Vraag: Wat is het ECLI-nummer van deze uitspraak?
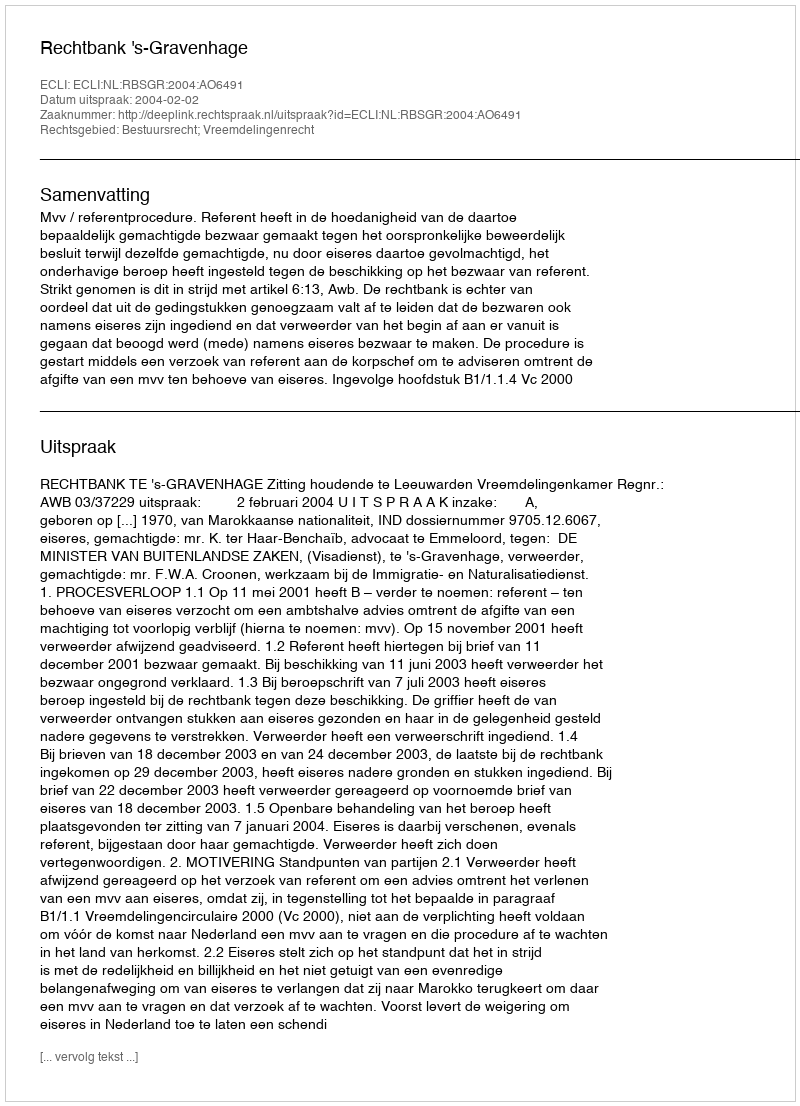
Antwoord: ECLI:NL:RBSGR:2004:AO6491